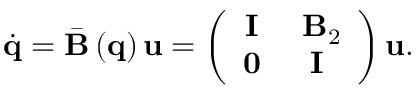
\dot { \mathbf { q } } = \bar { \mathbf { B } } \left( \mathbf { q } \right) \mathbf { u } = \left( \begin{array} { c c } { \mathbf { I } } & { \ \mathbf { B } _ { 2 } } \\ { \mathbf { 0 } } & { \mathbf { I } } \end{array} \right) \mathbf { u } .